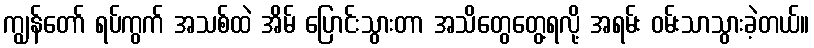
ကျွန်တော် ရပ်ကွက် အသစ်ထဲ အိမ် ပြောင်းသွားတာ အသိတွေတွေ့ရလို့ အရမ်း ဝမ်းသာသွားခဲ့တယ်။